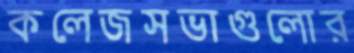
কলেজসভাগুলোর